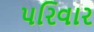
પરિવાર